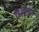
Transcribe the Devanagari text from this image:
डिज़राइली